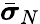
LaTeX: \bar{\boldsymbol{\sigma}}_{N}